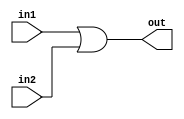

module or2 (in1,in2,out);
	input	in1,in2;
	output	out;

	assign out = in1 | in2;

endmodule